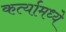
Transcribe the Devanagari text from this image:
कर्त्यामध्ये